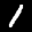
Label: 1